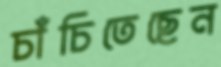
চাঁচিতেছেন